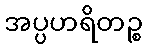
အပ္ပဟရိတဉ္စ